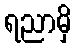
ရညာမှိ